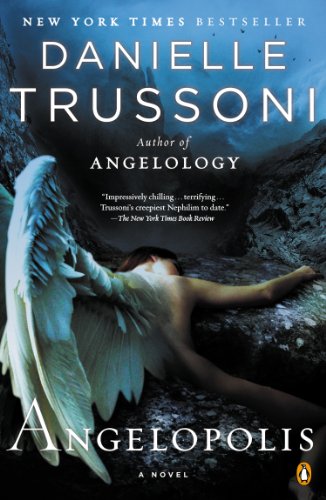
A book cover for Angelopolis: A Novel (Angelology Series); Danielle Trussoni; Literature & Fiction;